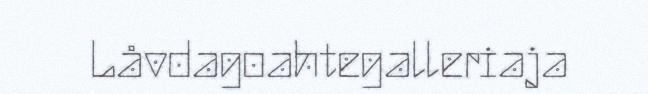
Låvdagoahtegalleriaja